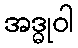
အဒ္ဓုဝါ